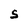
Character: S